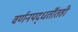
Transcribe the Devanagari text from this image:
वर्णनपद्धतींतही